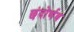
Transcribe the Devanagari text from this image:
छंदोर्णव